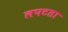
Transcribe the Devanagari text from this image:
लपटता